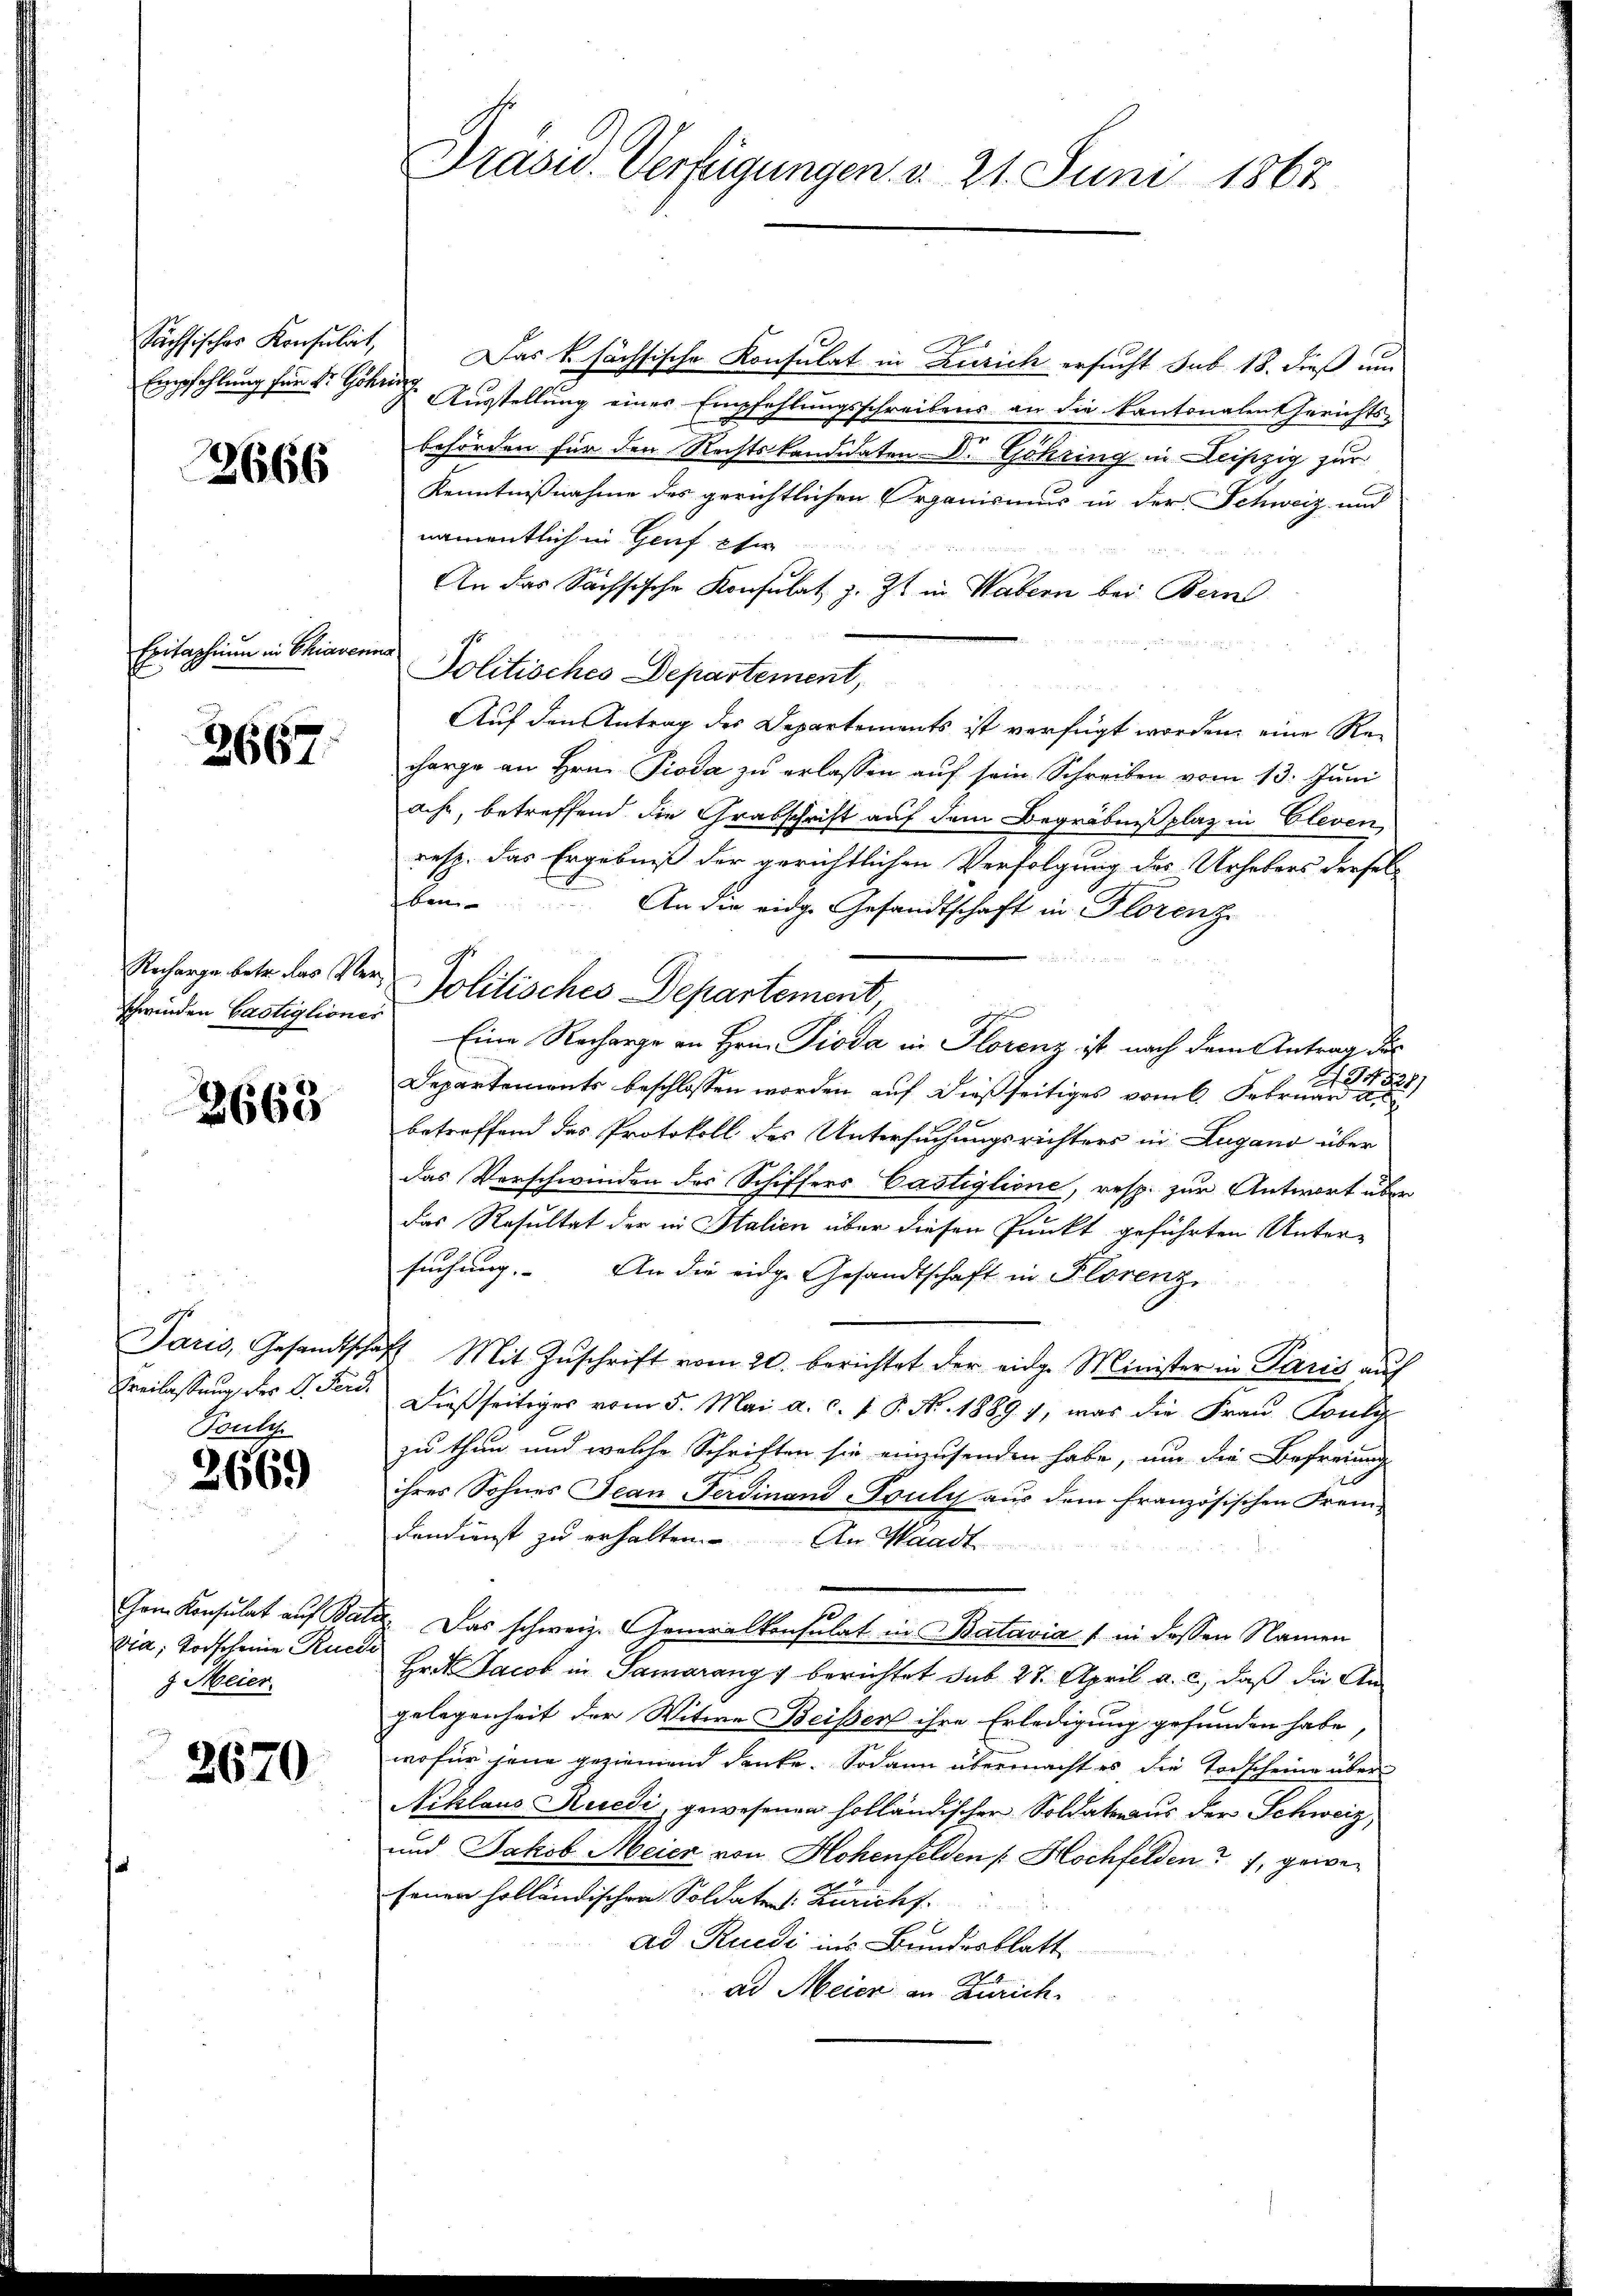
2666

Exitaphium in Chiaverna

2667.

schwinden Castigliones

2668

Pouly

2669

Gem. Konsulat auf Bin
via, Torfscheine Ruc
8 Meier

2670

Sächsischer Konsulat, Das k. höchsische Konsulat in Zürich ersucht sub 18. dieß um
Empfehlung für Sr Hohen Ausstellung eines Empfehlungsschreibens an die Kantonalen Gerichtsbehörden für den Rechtskandidaten- Dr. Göhring in Leipzig zur
Kenntnißnahme des gerichtlichen Organismus in der Schweiz und
namentlich in Genf für
An das Sächsische Konsulat z. Zt. in Wabern bei Bern
Politisches Departement,
Auf den Antrag des Departements ist verfügt worden, eine Recharge an Hrn. Pioda zu erlassen auf sein Schreiben vom 13. Juni
ache, betreffend die Grabschrift auf dem Begräbnißplaz in Cleven,
resp. das Ergebniß der gerichtlichen Verfolgung des Urhebers derselb
fken
An die eidg. Gesandtschaft in Florenz
Eine Recharge an Hrnn Pioda in Florenz ist nach dem Antrag die
Departements beschlossen worden auf dießseitiges vom 6. Febr. 1
betreffend des Protokoll des Untersuchungsrichters in Lugano über
das Verschwinden des Schiffers Castiglione, resp. zur Antwort über
das Resultat der in Italien über diesen Punkt geführten Untersuchung. An die eidg. Gesandtschaft in Florenz,
Jaris, Gesandtschaft Mit Zŭschrift vom 20. berichtet der eidge Minister in Paris auf
Freilassung des V. Seid. Dießseitiges vom 5. Mai a. c. f. P. Nr. 1889 7, was die Frau Pauli
zu thun und welche Schriften sie einzusenden habe, um die Befreiung
ihres Sohnes Jean Ferdinand -Truly aus dem französischen Fremdendienst zu erhalten. An Waadt
1. Das schweiz. Generalkonsulat in Batavia 1 in dessen Namen
des
Hrit Jacob in Samarang berichtet sub 27. April a. c., daß die An-
gelegenheit der Witwe Beisen ihre Erledigung gefunden habe
wofür jene geziemend denke. Sodann übermacht es die Todscheine über¬
Niklaus Rüedi, gewesenen holländischen Soldateraus der Schweiz,
und Jakob Meier von Hohenfelden [Hochfelden ? 7, gewesenen holländischen Soldaten: Züricht

ad Rudi ins Bundesblatt
ad Meier an Zürich.

Präsid. Verfügungen. v. 21. Juni 1867.

Richarge betr. das Ver- Politisches Departement